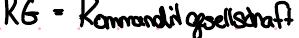
KG = Kommanditgesellschaft